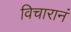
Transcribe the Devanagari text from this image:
विचारानं